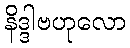
နိဒ္ဒါဗဟုလော